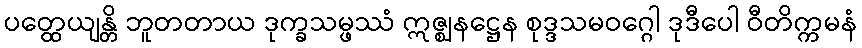
ပတ္ထေယျန္တိ ဘူတတာယ ဒုက္ခသမ္ဖဿံ ဣဇ္ဈနဋ္ဌေန စုဒ္ဒသမဝဂ္ဂေါ ဒုဒီပေါ ဝီတိက္ကမနံ